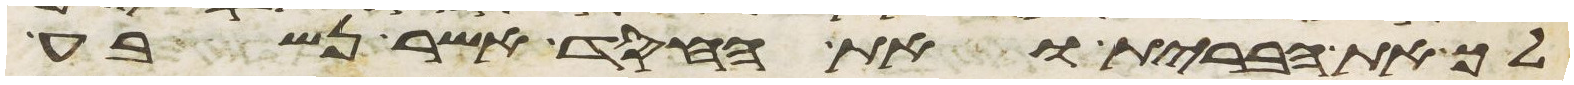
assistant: לך את הברית ואת החסד אשר נשבע